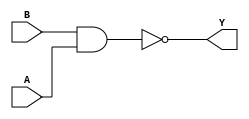
module sky130_fd_sc_hd__nand2_7 (
    Y,
    A,
    B
);
    output Y;
    input  A;
    input  B;
    wire nand0_out_Y;
    nand nand0 (nand0_out_Y, B, A           );
    buf  buf0  (Y          , nand0_out_Y    );
endmodule